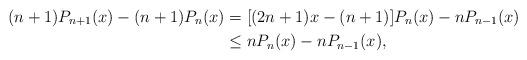
LaTeX: \begin{align*}(n+1)P_{n+1}(x)-(n+1)P_{n}(x)&=[(2n+1)x-(n+1)]P_n(x)-nP_{n-1}(x) \\&\leq nP_n(x)-nP_{n-1}(x),\end{align*}